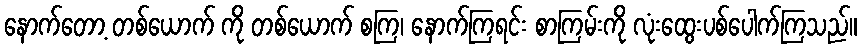
နောက်တော့ တစ်ယောက် ကို တစ်ယောက် စကြ၊ နောက်ကြရင်း စာကြမ်းကို လုံးထွေးပစ်ပေါက်ကြသည်။